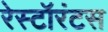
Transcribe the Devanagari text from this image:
रेस्टॉरंटस